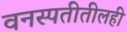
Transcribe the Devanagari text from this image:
वनस्पतीतीलही